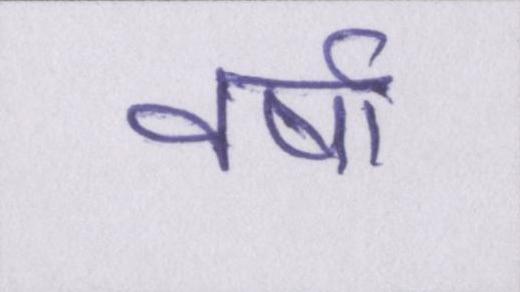
वर्षा